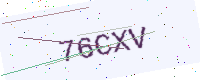
Text: 76CXV